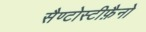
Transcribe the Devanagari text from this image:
सैण्टोस्टीफ़ैनो